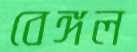
বেঙ্গল